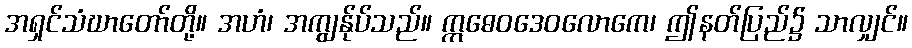
အရှင်သံဃာတော်တို့။ အဟံ၊ အကျွန်ုပ်သည်။ ဣဓေဝဒေဝလောကေ၊ ဤနတ်ပြည်၌ သာလျှင်။